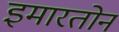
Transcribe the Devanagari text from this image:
इमारतोन